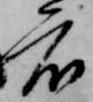
度